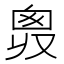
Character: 𠭛